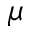
\mu